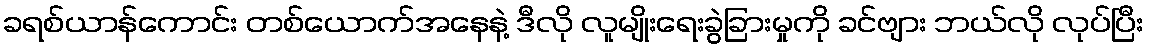
ခရစ်ယာန်ကောင်း တစ်ယောက်အနေနဲ့ ဒီလို လူမျိုးရေးခွဲခြားမှုကို ခင်ဗျား ဘယ်လို လုပ်ပြီး